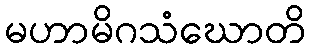
မဟာမိဂသံဃောတိ